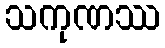
သကုဏဿ